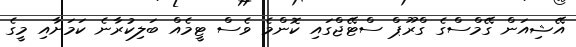
އޭޝިއަން ގޭމްސްގެ ގްރޫޕް ސްޓޭޖްގައި ކޮންމެ ވެސް ޓީމެއް ބަލިކުރާނެ ކަމަށާއި މީގެ